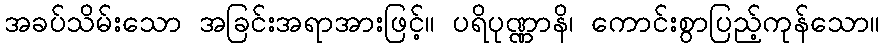
အခပ်သိမ်းသော အခြင်းအရာအားဖြင့်။ ပရိပုဏ္ဏာနိ၊ ကောင်းစွာပြည့်ကုန်သော။